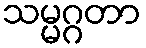
သမ္မဂ္ဂတာ